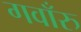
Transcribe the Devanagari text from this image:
गवाँरु